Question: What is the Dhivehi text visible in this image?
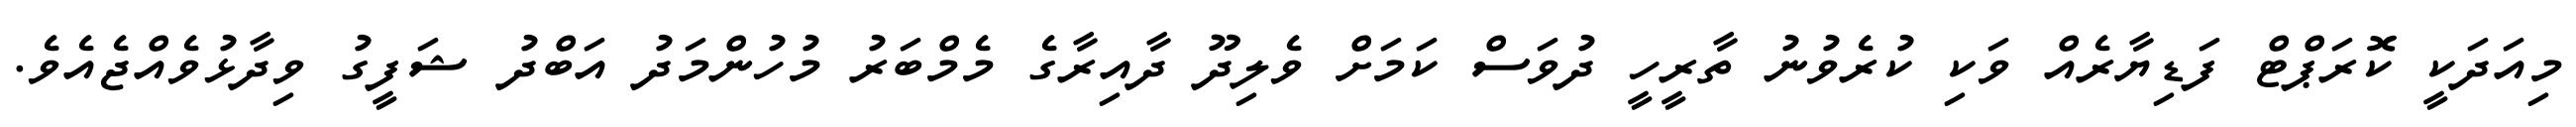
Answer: މިއަދަކީ ކޮރަޕްޓް ފަޑިޔާރެއް ވަކި ކުރެވުނު ތާރީހީ ދުވަސް ކަމަށް ވެލިދޫ ދާއިރާގެ މެމްބަރު މުހުންމަދު އަބްދު ޝަފީގު ވިދާޅުވެއްޖެއެވެ.